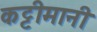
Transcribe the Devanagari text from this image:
कट्टीमानी